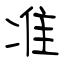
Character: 准